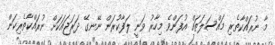
މާ ނުރައްކާތެރި މައްސަލަތައް އުފަންވެ މިހާރު ވަނީ ލަފާކުރަން ނޭނގޭ ދަރަޖައަކަށް ނުރައްކާތެރިކަން